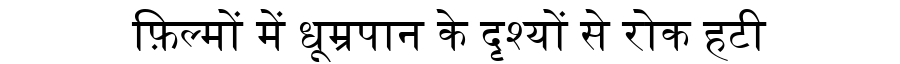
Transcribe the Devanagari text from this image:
फ़िल्मों में धूम्रपान के दृश्यों से रोक हटी